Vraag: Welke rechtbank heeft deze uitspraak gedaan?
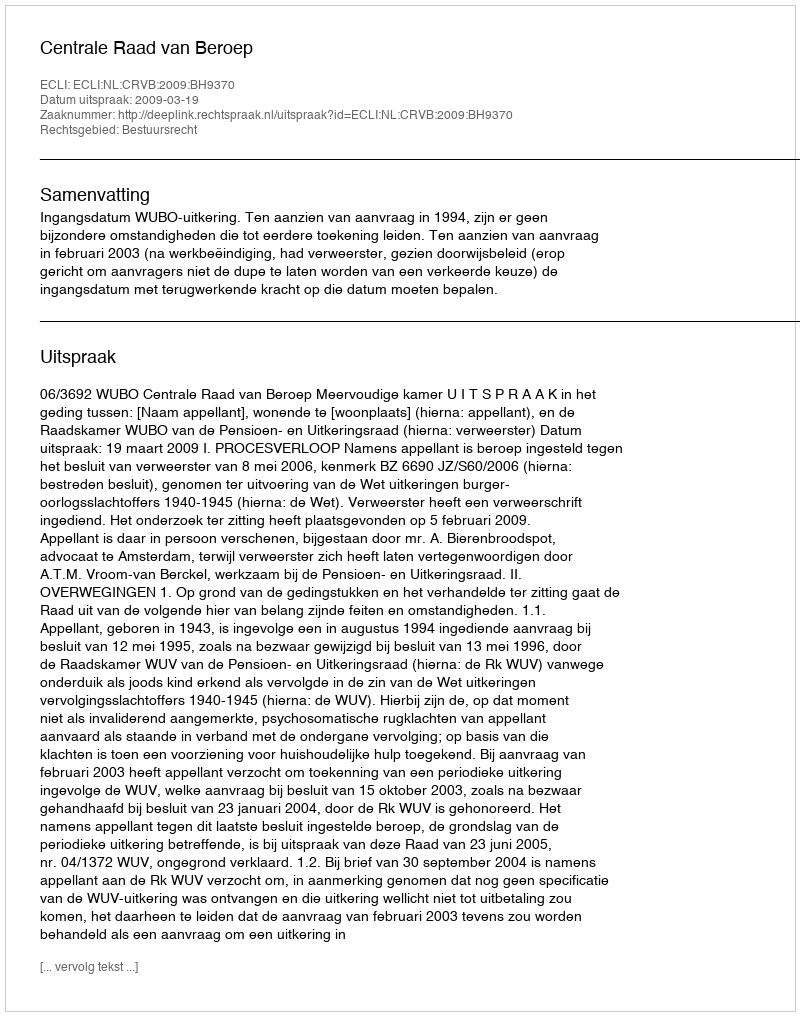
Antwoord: Centrale Raad van Beroep